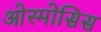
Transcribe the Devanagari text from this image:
ओस्मोसिस